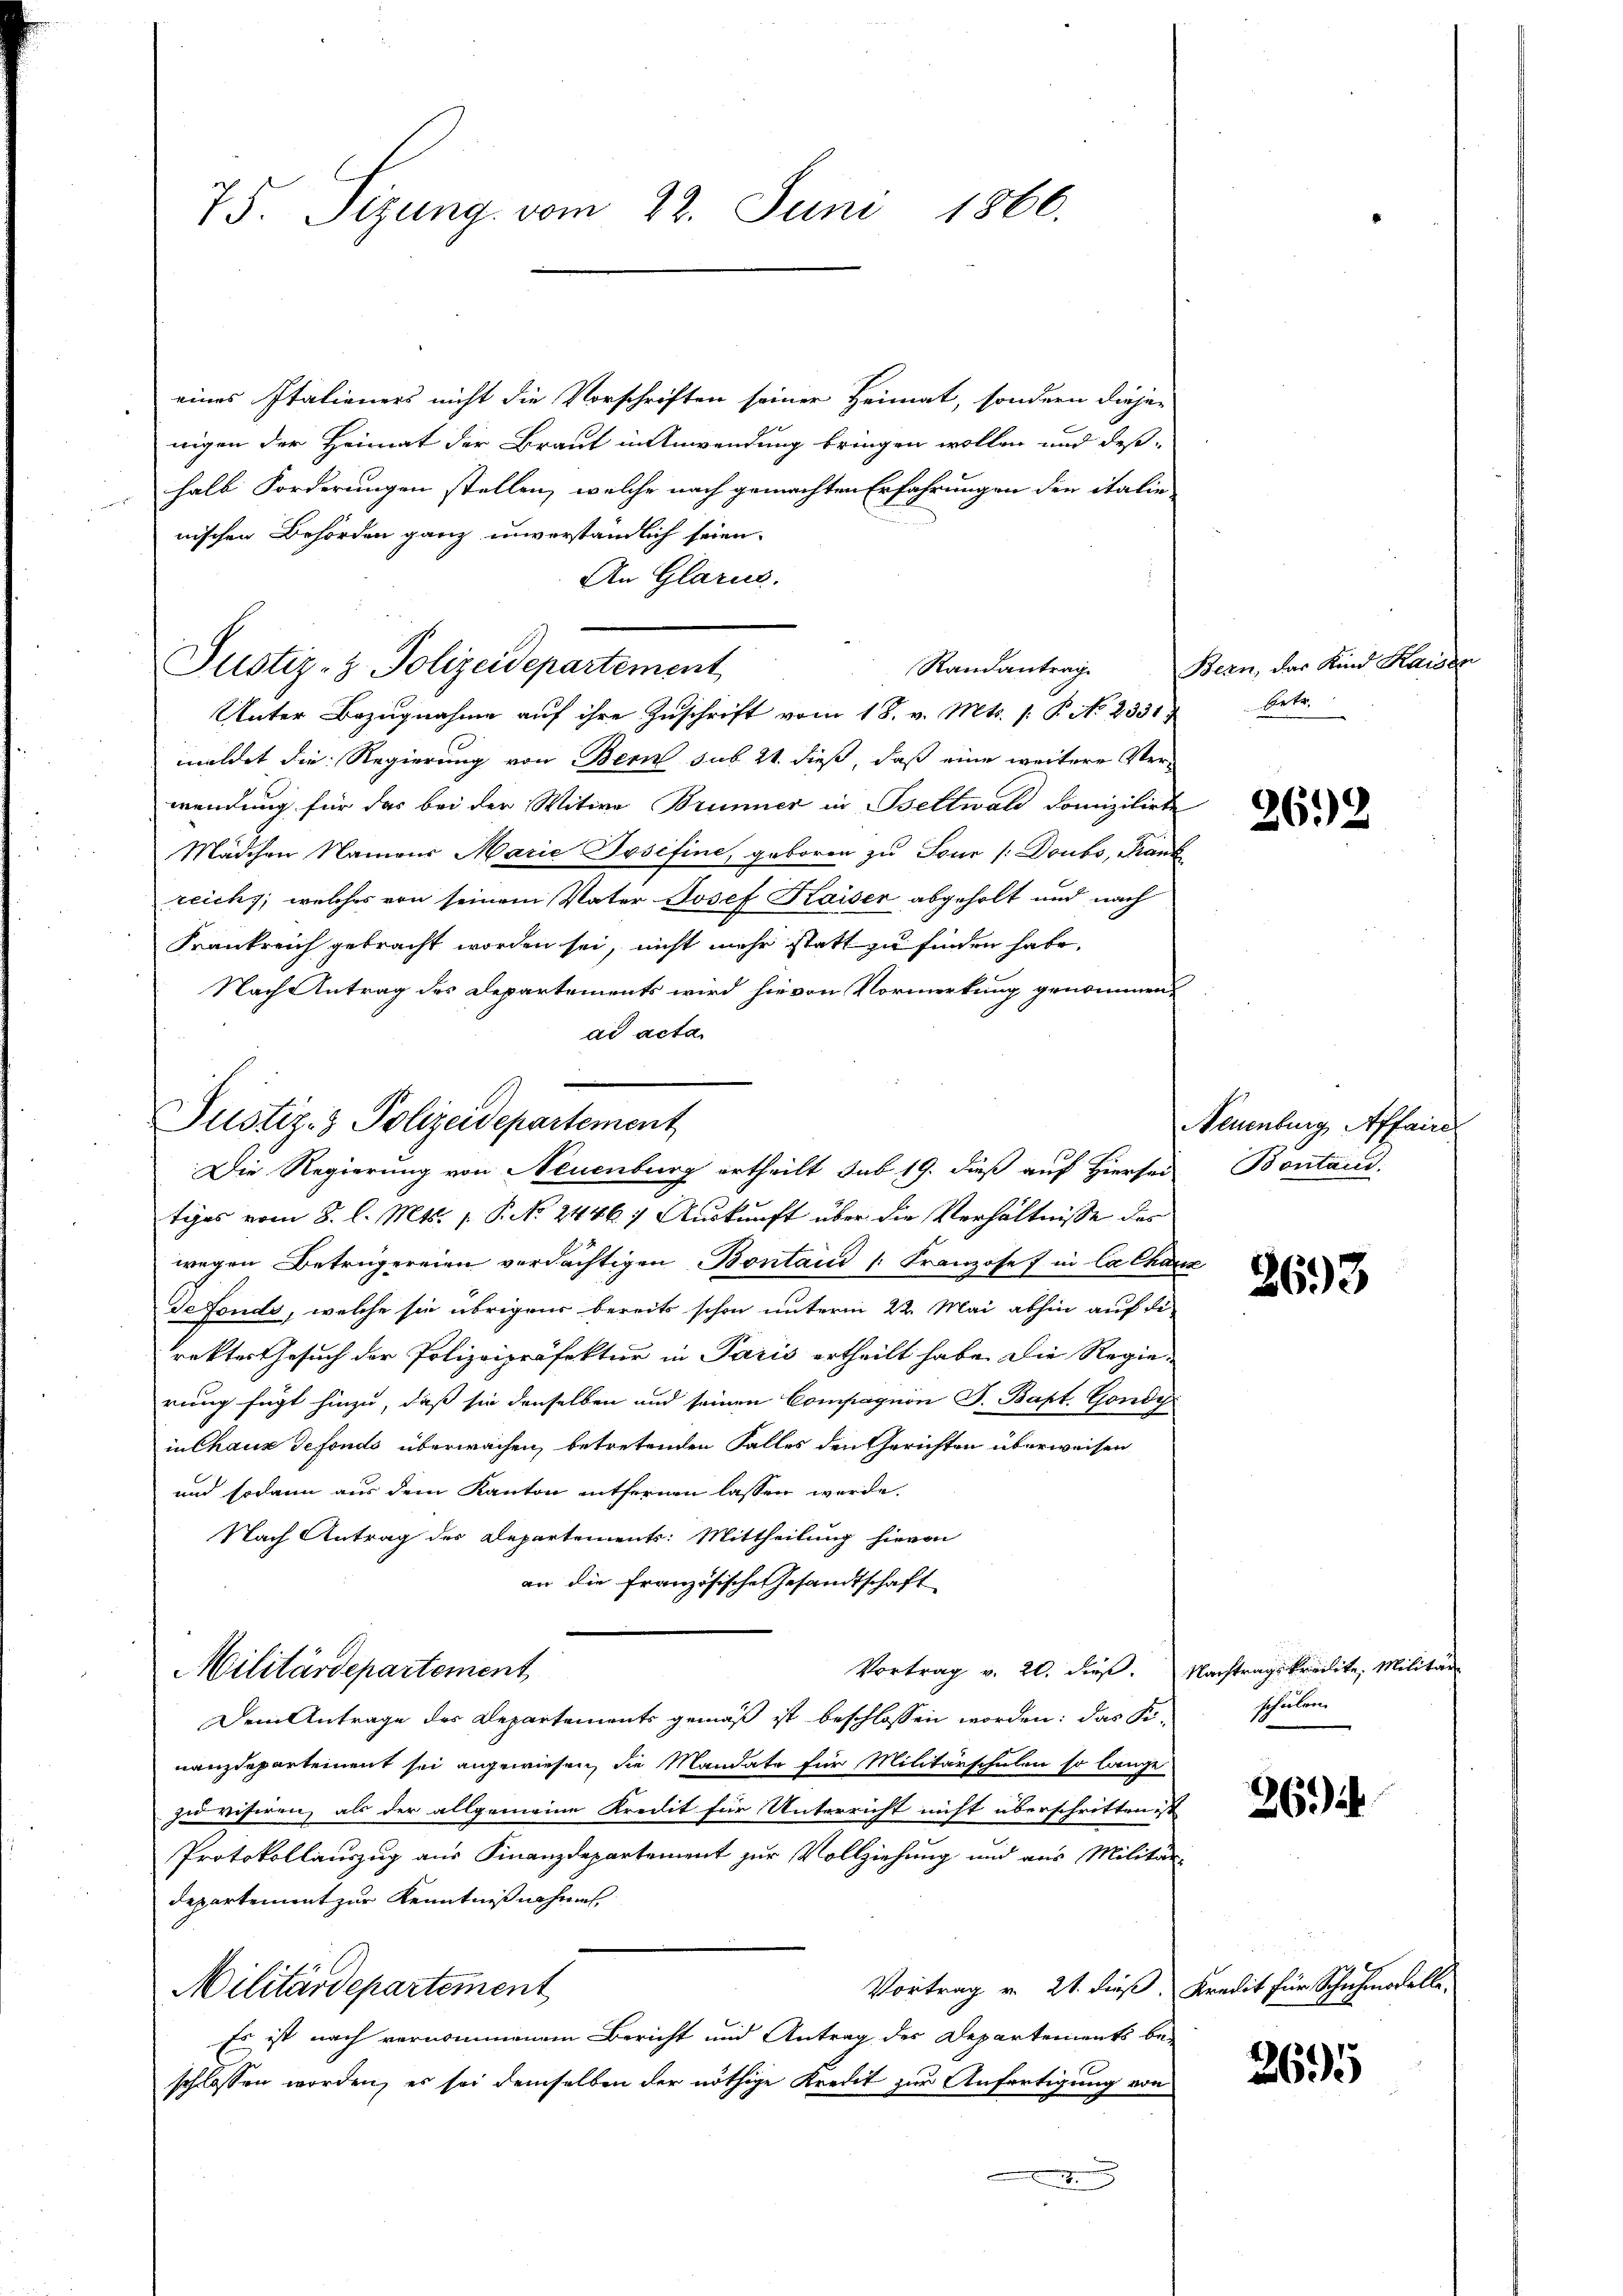
75. Sizung vom 22. Juni 1866.

eines Italieners nicht die Vorschriften seiner Heimat, sondern dieje-
nigen der Heimat der Braut in Anwendung bringen wollen und deßhalb Forderungen stellen, welche nach gemachten Erfahrungen der italie-
nischen Behörden ganz unverständlich seien.
An Glarus.
Unter Bezugnahme auf ihre Zuschrift vom 18. v. Mts. 1. P. No 2551.
meldet die Regierung von Bern sub 21 dieß, daß eine weitere Verwendung für das bei der Witwe Brunner in Bettwald domizilirte
Mädchen Namens Marie Josefine, geboren zu Four (Doubs, Frank
reich, welches von seinem Vater Josef Kaiser abgeholt und nach
Frankreich gebracht worden sei, nicht mehr statt zu finden habe.
Nach Antrag des Departements wird hievon Vormerkung genommen,
ad acta
tiges vom 8. l. Mts. 1. P. No. 24467 Auskunft über die Verhältnisse des
wegen Betrugereien verdächtigen Bontand /: Franzosef in Ca Chaux
defonds, welche sie übrigens bereits schon unterm 22. Mai abhin auf die
rektes Gesuch der Polizeipräfektur in Paris ertheilt habe. Die Regie-
rung fügt hinzu, daß sie denselben und seinen Compagnon J. Bapt. Gondy
in Chaus Gefonds überwachen, betretenden Falles den Gerichten überweisen
und sodann aus dem Kanton entfernen lassen werde.
Nach Antrag des Departements: Mittheilung hievon
an die französische Gesandtschaft
Vortrag v. 20. dieß. Nachtragskreisite, Militär
Militärdepartement
Dem Antrage des Departements gemäß ist beschlossen worden: das Sinanzdepartement sei angewiesen, die Mandate für Militärschulen so lange
zu visiren, als der allgemeine Kredit für Unterricht nicht überschritten ist
Protokollauszug aus Finanzdepartement zur Vollziehung und aus Militär-
departement zur Kenntnißnahme
Vortrag v. 21. dieß, Kredit für Schuhmodelle.
Militärdepartement
Es ist nach vernommenem Bericht und Antrag der Departements be-
schlossen worden, es sei demselben der nöthige Kredit zur Anfertigung von
.

Justiz- & Polizeidepartement

Justiz- & Polizeidepartement
Die Regierung von Neuenburg ertheilt sub 19. dieß auf Hiersei

Randantrag

Bern, das Kind Kaisen
Ortr.

2612

Neuenburg Affaire
Bontand.

3693

schulen

26)

2695